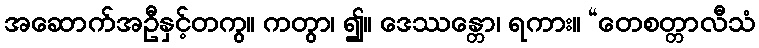
အဆောက်အဦနှင့်တကွ။ ကတွာ၊ ၍။ ဒေဿန္တော၊ ရကား။ “တေစတ္တာလီသံ